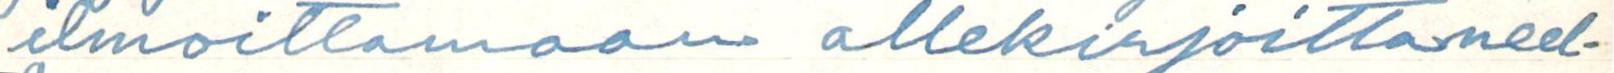
ilmoittamaan allekirjoittaneel-